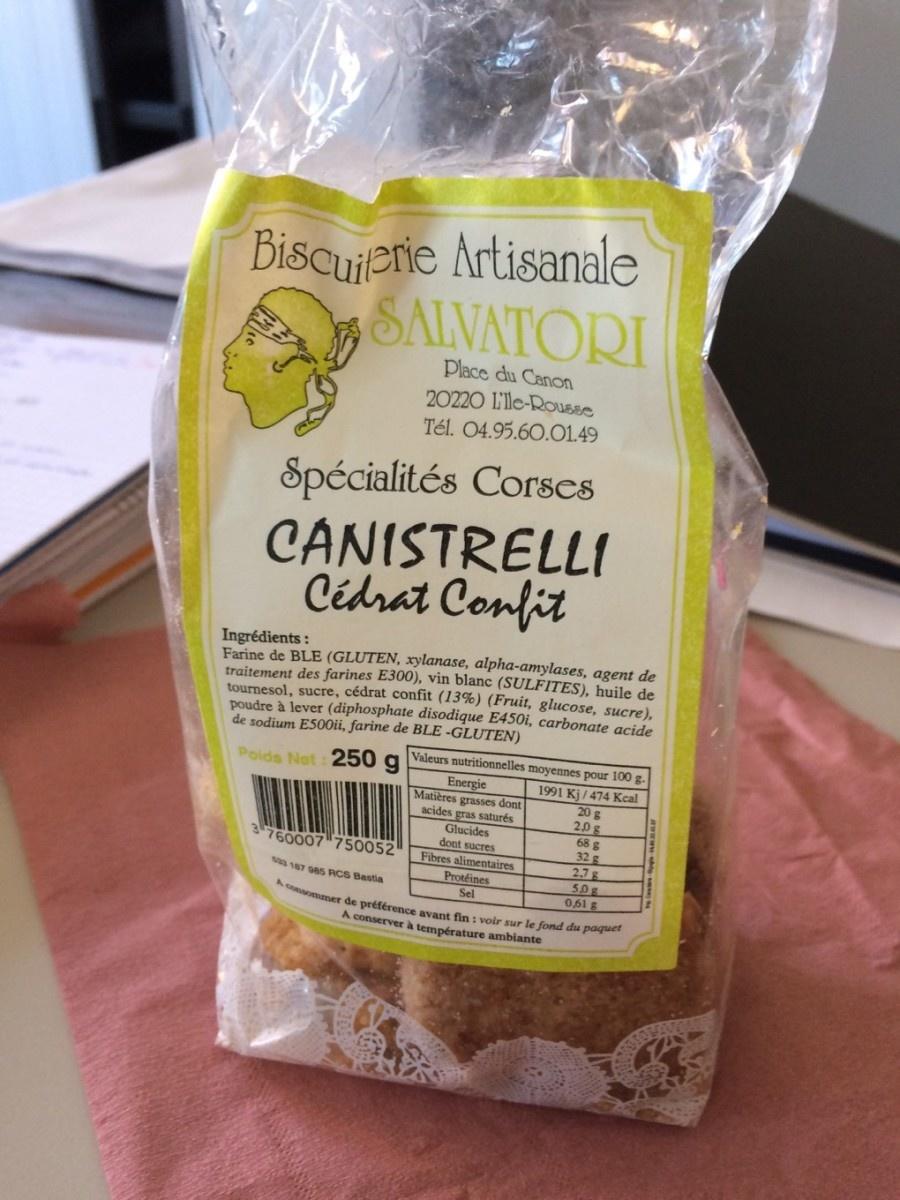
32
Biscuiterie Artisanale SALVATORI
Place du Canon 20220 I'lle-Rousse Tél. 04.95.60.01.49
Spécialités Corses CANISTRELLI Cedrat Confit
Ingrédients:
Farine de BLE (GLUTEN, xylanase, alpha-amylases, agent de traitement des farines E300), vin blanc (SULFITES), huile de tournesol, sucre, cédrat confit (13%) (Fruit, glucose, sucre), poudre à lever (diphosphate disodique E450i, carbonate acide de sodium E500ii, farine de BLE-GLUTEN)
Poids Net : 250 g Valeurs nutritionnelles moyennes pour 100 g.
1991 Kj/474 Kcal 20 g 2,0 g
68 g
32 g
Energie Matières grasses dont acides gras saturés Glucides dont sucres
Fibres alimentaires
3 760007 750052
533 187 965 RCS Bastia
A consommer de préférence avant fin: voir sur le fond du paquet
A conserver à température ambiante
Protéines
Sel
2.7 g
50 g
0,61 g